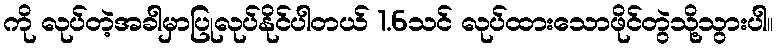
ကို လုပ်တဲ့အခါမှာပြုလုပ်နိုင်ပါတယ် 1.6သင် လုပ်ထားသောဖိုင်တွဲသို့သွားပါ။